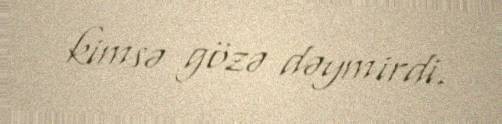
kimsə gözə dəymirdi.